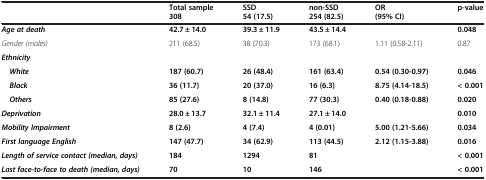
<table><thead><tr><td></td><td><b>Total sample 308</b></td><td><b>SSD 54 (17.5)</b></td><td><b>non-SSD 254 (82.5)</b></td><td><b>OR (95% CI)</b></td><td><b>p-value</b></td></tr></thead><tbody><tr><td><b><i>Age at death</i></b></td><td><b>42.7 ± 14.0</b></td><td><b>39.3 ± 11.9</b></td><td><b>43.5 ± 14.4</b></td><td></td><td><b>0.048</b></td></tr><tr><td><i>Gender (males)</i></td><td>211 (68.5)</td><td>38 (70.3)</td><td>173 (68.1)</td><td>1.11 (0.58-2.11)</td><td>0.87</td></tr><tr><td><b><i>Ethnicity</i></b></td><td></td><td></td><td></td><td></td><td></td></tr><tr><td> <b><i>White</i></b></td><td><b>187 (60.7)</b></td><td><b>26 (48.4)</b></td><td><b>161 (63.4)</b></td><td><b>0.54 (0.30-0.97)</b></td><td><b>0.046</b></td></tr><tr><td> <b><i>Black</i></b></td><td><b>36 (11.7)</b></td><td><b>20 (37.0)</b></td><td><b>16 (6.3)</b></td><td><b>8.75 (4.14-18.5)</b></td><td><b>&lt; 0.001</b></td></tr><tr><td> <b><i>Others</i></b></td><td><b>85 (27.6)</b></td><td><b>8 (14.8)</b></td><td><b>77 (30.3)</b></td><td><b>0.40 (0.18-0.88)</b></td><td><b>0.020</b></td></tr><tr><td><b><i>Deprivation</i></b></td><td><b>28.0 ± 13.7</b></td><td><b>32.1 ± 11.4</b></td><td><b>27.1 ± 14.0</b></td><td></td><td><b>0.010</b></td></tr><tr><td><b><i>Mobility Impairment</i></b></td><td><b>8 (2.6)</b></td><td><b>4 (7.4)</b></td><td><b>4 (0.01)</b></td><td><b>5.00 (1.21-5.66)</b></td><td><b>0.034</b></td></tr><tr><td><b><i>First language English</i></b></td><td><b>147 (47.7)</b></td><td><b>34 (62.9)</b></td><td><b>113 (44.5)</b></td><td><b>2.12 (1.15-3.88)</b></td><td><b>0.016</b></td></tr><tr><td><b><i>Length of service contact (median, days)</i></b></td><td><b>184</b></td><td><b>1294</b></td><td><b>81</b></td><td></td><td><b>&lt; 0.001</b></td></tr><tr><td><b><i>Last face-to-face to death (median, days)</i></b></td><td><b>70</b></td><td><b>10</b></td><td><b>146</b></td><td></td><td><b>&lt; 0.001</b></td></tr></tbody></table>